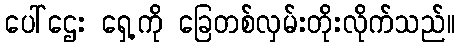
ပေါ်ဌေး ရှေ့ကို ခြေတစ်လှမ်းတိုးလိုက်သည်။